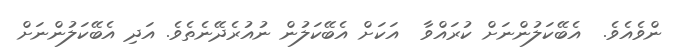
ންވެއެވެ.  އެބޭކަލުންނަށް ކުރައްވާ  އަކަށް އެބޭކަލުން ނުއުރެދޭނެތެވެ. އަދި އެބޭކަލުންނަށް